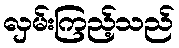
လှမ်းကြည့်သည်